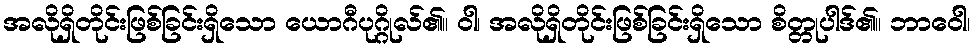
အလိုရှိတိုင်းဖြစ်ခြင်းရှိသော ယောဂီပုဂ္ဂိုလ်၏။ ဝါ၊ အလိုရှိတိုင်းဖြစ်ခြင်းရှိသော စိတ္တုပါဒ်၏။ ဘာဝေါ၊